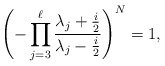
\begin{align*}\left(-\prod_{j=3}^\ell\frac{\lambda_j+\frac{i}{2}}{\lambda_j-\frac{i}{2}}\right)^N=1,\end{align*}